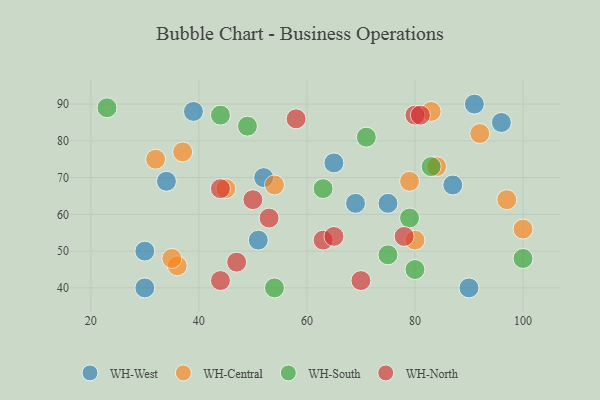
{"axis": {"x": "GDP", "y": "Life Expectancy"}, "legend": ["WH-Central", "WH-North", "WH-South", "WH-West"], "data": [{"x": "69", "y": 63, "type": "WH-West"}, {"x": "96", "y": 85, "type": "WH-West"}, {"x": "39", "y": 88, "type": "WH-West"}, {"x": "75", "y": 63, "type": "WH-West"}, {"x": "34", "y": 69, "type": "WH-West"}, {"x": "51", "y": 53, "type": "WH-West"}, {"x": "30", "y": 50, "type": "WH-West"}, {"x": "65", "y": 74, "type": "WH-West"}, {"x": "90", "y": 40, "type": "WH-West"}, {"x": "52", "y": 70, "type": "WH-West"}, {"x": "87", "y": 68, "type": "WH-West"}, {"x": "91", "y": 90, "type": "WH-West"}, {"x": "30", "y": 40, "type": "WH-West"}, {"x": "80", "y": 53, "type": "WH-Central"}, {"x": "54", "y": 68, "type": "WH-Central"}, {"x": "79", "y": 69, "type": "WH-Central"}, {"x": "45", "y": 67, "type": "WH-Central"}, {"x": "32", "y": 75, "type": "WH-Central"}, {"x": "84", "y": 73, "type": "WH-Central"}, {"x": "92", "y": 82, "type": "WH-Central"}, {"x": "97", "y": 64, "type": "WH-Central"}, {"x": "36", "y": 46, "type": "WH-Central"}, {"x": "35", "y": 48, "type": "WH-Central"}, {"x": "83", "y": 88, "type": "WH-Central"}, {"x": "100", "y": 56, "type": "WH-Central"}, {"x": "37", "y": 77, "type": "WH-Central"}, {"x": "44", "y": 87, "type": "WH-South"}, {"x": "100", "y": 48, "type": "WH-South"}, {"x": "23", "y": 89, "type": "WH-South"}, {"x": "63", "y": 67, "type": "WH-South"}, {"x": "75", "y": 49, "type": "WH-South"}, {"x": "83", "y": 73, "type": "WH-South"}, {"x": "71", "y": 81, "type": "WH-South"}, {"x": "79", "y": 59, "type": "WH-South"}, {"x": "54", "y": 40, "type": "WH-South"}, {"x": "49", "y": 84, "type": "WH-South"}, {"x": "80", "y": 45, "type": "WH-South"}, {"x": "44", "y": 67, "type": "WH-North"}, {"x": "44", "y": 42, "type": "WH-North"}, {"x": "80", "y": 87, "type": "WH-North"}, {"x": "78", "y": 54, "type": "WH-North"}, {"x": "63", "y": 53, "type": "WH-North"}, {"x": "81", "y": 87, "type": "WH-North"}, {"x": "50", "y": 64, "type": "WH-North"}, {"x": "58", "y": 86, "type": "WH-North"}, {"x": "70", "y": 42, "type": "WH-North"}, {"x": "53", "y": 59, "type": "WH-North"}, {"x": "65", "y": 54, "type": "WH-North"}, {"x": "47", "y": 47, "type": "WH-North"}]}